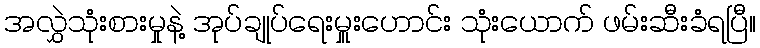
အလွှဲသုံးစားမှုနဲ့ အုပ်ချုပ်ရေးမှူးဟောင်း သုံးယောက် ဖမ်းဆီးခံရပြီ။